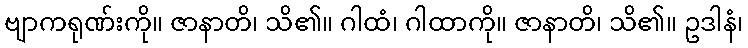
ဗျာကရုဏ်းကို။ ဇာနာတိ၊ သိ၏။ ဂါထံ၊ ဂါထာကို။ ဇာနာတိ၊ သိ၏။ ဥဒါနံ၊